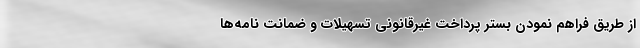
از طریق فراهم نمودن بستر پرداخت غیرقانونی تسهیلات و ضمانت نامه‌ها